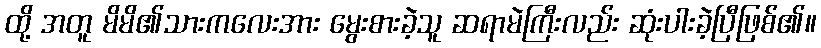
ထို့ အတူ မိမိ၏သားကလေးအား မွေးစားခဲ့သူ ဆရာမဲကြီးလည်း ဆုံးပါးခဲ့ပြီဖြစ်၏။